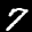
Label: 7